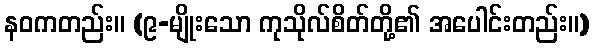
နဝကတည်း။ (၉-မျိုးသော ကုသိုလ်စိတ်တို့၏ အပေါင်းတည်း။)